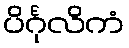
ပိင်္ဂုလိကံ